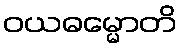
ဝယဓမ္မောတိ